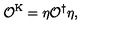
\mathcal { O } ^ { \mathrm { K } } = \eta \mathcal { O } ^ { \dagger } \eta ,